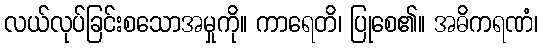
လယ်လုပ်ခြင်းစသောအမှုကို။ ကာရေတိ၊ ပြုစေ၏။ အဓိကရဏံ၊